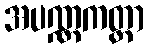
အပဏ္ဏကတ္တာ